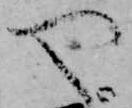
や